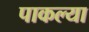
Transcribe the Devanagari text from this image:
पाकल्या